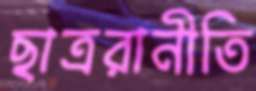
ছাত্ররানীতি